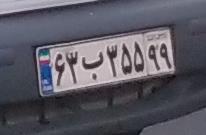
۴۵ق۳۵۳۴۴